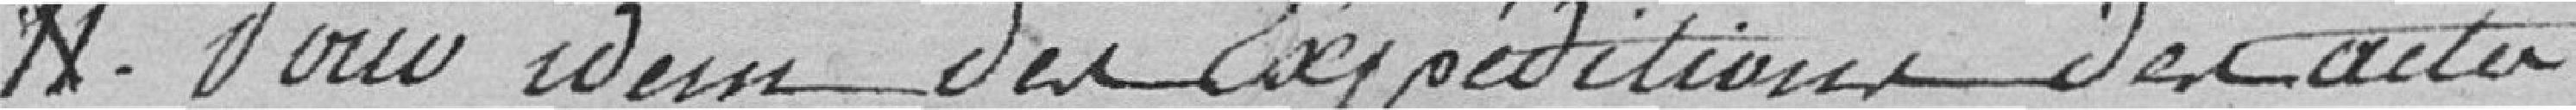
11. Pour idem des expéditions des actes